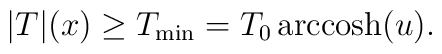
|T|(x)\ge T_{\rm min}=T_{0}\, {\rm arccosh}(u).